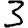
Digit: 3